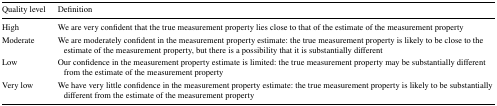
<table><thead><tr><td><b>Quality level</b></td><td><b>Definition</b></td></tr></thead><tbody><tr><td>High</td><td>We are very confident that the true measurement property lies close to that of the estimate of the measurement property</td></tr><tr><td>Moderate</td><td>We are moderately confident in the measurement property estimate: the true measurement property is likely to be close to the estimate of the measurement property, but there is a possibility that it is substantially different</td></tr><tr><td>Low</td><td>Our confidence in the measurement property estimate is limited: the true measurement property may be substantially different from the estimate of the measurement property</td></tr><tr><td>Very low</td><td>We have very little confidence in the measurement property estimate: the true measurement property is likely to be substantially different from the estimate of the measurement property</td></tr></tbody></table>